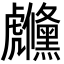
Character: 虪